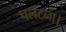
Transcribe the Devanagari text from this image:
पलटना।